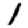
Digit: 1